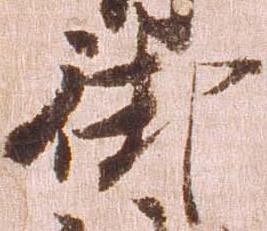
御